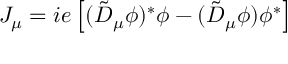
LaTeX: J _ { \mu } = i e \left[ ( \tilde { D } _ { \mu } \phi ) ^ { * } \phi - ( \tilde { D } _ { \mu } \phi ) \phi ^ { * } \right]